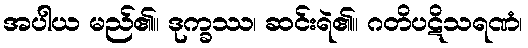
အပါယ မည်၏။ ဒုက္ခဿ၊ ဆင်းရဲ၏။ ဂတိပဋိသရဏံ၊